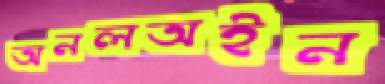
অনলঅইন